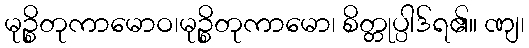
မုဉ္စိတုကာမောဝ၊မုဉ္စိတုကာမော၊ စိတ္တုပ္ပါဒ်ရ၏။ ဏျ၊